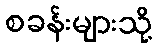
စခန်းများသို့